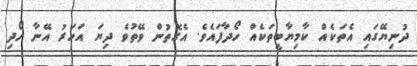
ދުނިޔޭގައި އެތަކެއް ކާމިޔާބީތަކެއް ހޯދާފައެވެ. އެގޮތުން ވޭތުވެ ދިޔަ އަހަރު އޭނާ ހޯދި